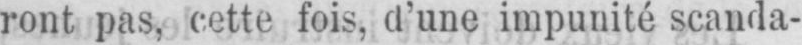
ront pas, cette fois, d’une impunité scanda-